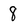
Character: 8